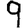
Digit: 9